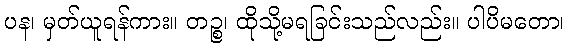
ပန၊ မှတ်ယူရန်ကား။ တဉ္စ၊ ထိုသို့မရခြင်းသည်လည်း။ ပါပိမတော၊